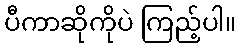
ပီကာဆိုကိုပဲ ကြည့်ပါ။